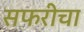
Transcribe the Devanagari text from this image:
सफरीचा